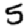
Digit: 5